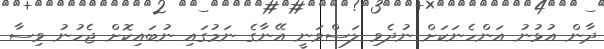
ދާން އުޅުނު އަންހެނަކަށް ނުދެވި ލަސްވަނީ އޭނާގެ ނަމުގައި ނުބައިކޮށް ޖެހުނު ވިސާ